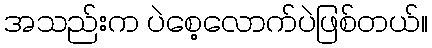
အသည်းက ပဲစေ့လောက်ပဲဖြစ်တယ်။